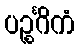
ပဉ္စင်္ဂိကံ